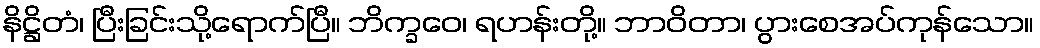
နိဋ္ဌိတံ၊ ပြီးခြင်းသို့ရောက်ပြီ။ ဘိက္ခဝေ၊ ရဟန်းတို့။ ဘာဝိတာ၊ ပွားစေအပ်ကုန်သော။